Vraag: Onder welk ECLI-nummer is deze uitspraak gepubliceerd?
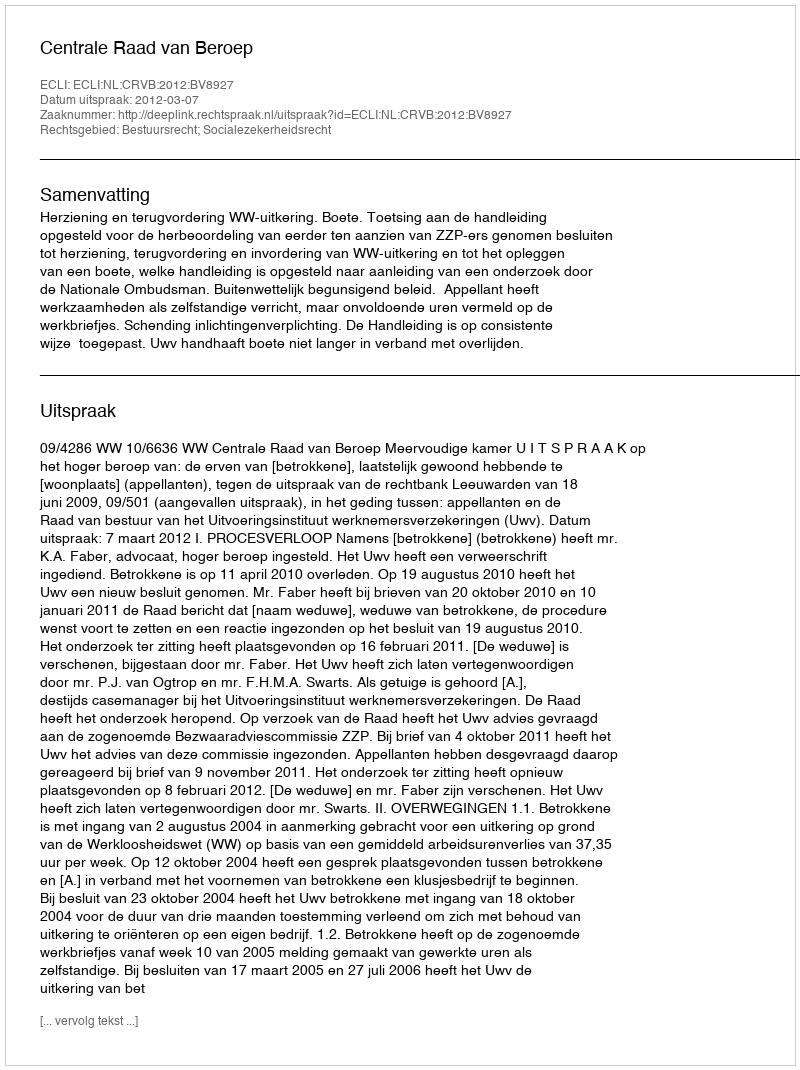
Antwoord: ECLI:NL:CRVB:2012:BV8927